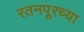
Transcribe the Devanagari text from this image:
रतनपूरच्या